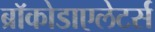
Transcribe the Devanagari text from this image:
ब्रॉकोडाएलेटर्स